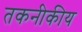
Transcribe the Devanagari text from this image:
तकनीकीय